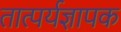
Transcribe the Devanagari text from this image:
तात्पर्यज्ञापक